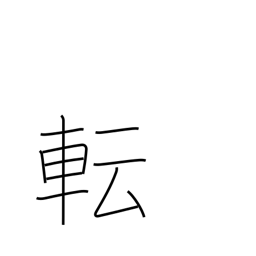
Meaning: change